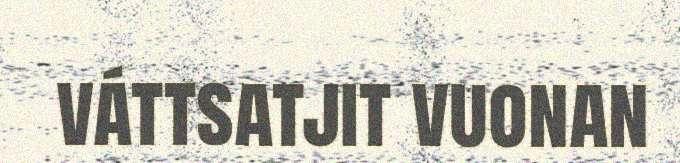
váttsatjit vuonan